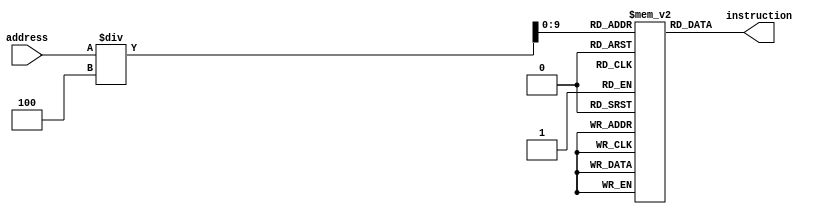
`timescale 1 ps / 100 fs	  

//////////////////////////////////////////////////	 Instruction Memory
module instructionMem (	
  output [31:0] instruction,
  input [31:0] address
);

  reg [31:0] instrmem [1023:0];
  reg [31:0] temp;
  // the buf gate is used to instantiate 32 individual instances
  buf #1000 buf0(instruction[0], temp[0]),
            buf1(instruction[1], temp[1]),
            buf2(instruction[2], temp[2]),
            buf3(instruction[3], temp[3]),
            buf4(instruction[4], temp[4]),
            buf5(instruction[5], temp[5]),
            buf6(instruction[6], temp[6]),
            buf7(instruction[7], temp[7]),
            buf8(instruction[8], temp[8]),
            buf9(instruction[9], temp[9]),
            buf10(instruction[10], temp[10]),
            buf11(instruction[11], temp[11]),
            buf12(instruction[12], temp[12]),
            buf13(instruction[13], temp[13]),
            buf14(instruction[14], temp[14]),
            buf15(instruction[15], temp[15]),
            buf16(instruction[16], temp[16]),
            buf17(instruction[17], temp[17]),
            buf18(instruction[18], temp[18]),
            buf19(instruction[19], temp[19]),
            buf20(instruction[20], temp[20]),
            buf21(instruction[21], temp[21]),
            buf22(instruction[22], temp[22]),
            buf23(instruction[23], temp[23]),
            buf24(instruction[24], temp[24]),
            buf25(instruction[25], temp[25]),
            buf26(instruction[26], temp[26]),
            buf27(instruction[27], temp[27]),
            buf28(instruction[28], temp[28]),
            buf29(instruction[29], temp[29]),
            buf30(instruction[30], temp[30]),
            buf31(instruction[31], temp[31]);

  always @(address) begin
    temp = instrmem[address / 4];
  end

  // initial begin
  //   $readmemb("instructions.txt", instrmem);
  // end

endmodule

/////////////////////////////////////////////////// stimulus
module instrmemstimulus();

  reg [31:0] addr;
  wire [31:0] instr;

  instructionMem instructionmemory(instr, addr);

  initial begin
    $monitor("Memory Address=%b instruction=%b", addr, instr);
    addr = 32'd0;
    #10000 addr = 32'd4;
    #10000 addr = 32'd8;
    #10000 addr = 32'd12;
    #10000 addr = 32'd16;
    #10000 addr = 32'd20;
    #10000 addr = 32'd24;
    #10000 addr = 32'd28;
	  #10000 addr = 32'd32;
    #10000;
    $finish;
  end

endmodule